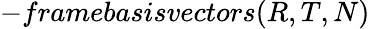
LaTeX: -framebasisvectors(R,T,N)